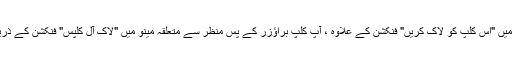
[موڈ] اس کے علاوہ کسی آرکائیو کلپ پر سیاق و سباق کے مینو میں "اس کلپ کو لاک کریں" فنکشن کے علاوہ ، آپ کلپ براؤزر کے پس منظر سے متعلقہ مینو میں "لاک آل کلپس" فنکشن کے ذریعہ آرکائیو میں موجود تمام کلپس کو لاک یا انلاک کرسکتے ہیں۔